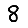
Digit: 8